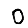
Digit: 0